Lunatic asylums Central Provinces reports 1886-1894 - 1886-1894
Year: 1886
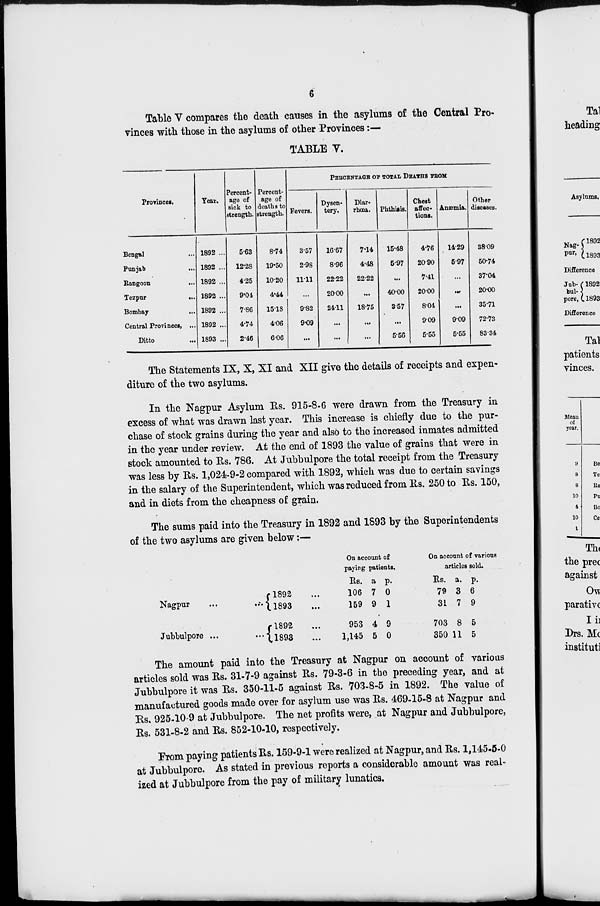
6
Table V compares the death causes in the asylums of the Central Pro-
vinces with those in the asylums of other Provinces:—
TABLE V.
Provinces.
Bengal...
Punjab...
Rangoon
...
Tezpur
...
Bombay...
Central Provinces, ...
Ditto...
Year.
1892 ...
1892 ...
1892 ...
1892 ...
1892 ...
1892 ...
1893 ...
Percent-
age of
sick to
strength.
5.63
12.28
4.25
9.04
7.86
4.74
2.46
Percent-
age of
deaths to
strength.
8.74
19.50
10.20
4.44
15.18
4.06
6.06
PERCENTAGE OF TOTAL DEATHS TOOK
Fevers.
3.57
2.98
11.11
...
9.82
9.09
...
Dysen-
tery.
16.67
8.96
22.22
20.00
24.11
...
...
Diar¬
rhœa.
7.14
4.48
22.22
...
18.75
...
...
Phthisis.
15.48
5.97
...
40.00
3.57
...
5.56
Chest
affec¬
tions.
4.76
20.90
7.41
20.00
8.04
9.09
5.55
Anæmia.
14.29
5.97
...
...
...
9.09
5.55
Other
diseases.
38.09
50.74
37.04
20.00
35.71
72.73
83.34
The Statements IX, X, XI and XII give the details of receipts and expen-
diture of the two asylums.
In the Nagpur Asylum Rs. 915-8-6 were drawn from the Treasury in
excess of what was drawn last year. This increase is chiefly due to the pur-
chase of stock grains during the year and also to the increased inmates admitted
in the year under review. At the end of 1893 the value of grains that were in
stock amounted to Rs. 786. At Jubbulpore the total receipt from the Treasury
was less by Rs. 1,024-9-2 compared with 1892, which was due to certain savings
in the salary of the Superintendent, which was reduced from Rs. 250 to Rs. 150,
and in diets from the cheapness of grain.
The sums paid into the Treasury in 1892 and 1893 by the Superintendents
of the two asylums are given below:—
Nagpur
...
...
Jubbulpore ... ...
1892...
1893...
l892...
1893...
On account of
paying patients.
Rs.
106
159
953
1,145
a
7
9
4
5
p.
0
1
9
0
On account of various
articles sold.
Rs.
79
31
703
350
a.
3
7
8
11
p.
6
9
5
5
The amount paid into the Treasury at Nagpur on account of various
articles sold was Rs. 31-7-9 against Rs. 79-3-6 in the preceding year, and at
Jubbulpore it was Rs. 350-11-5 against Rs. 703-8-5 in 1892. The value of
manufactured goods made over for asylum use was Rs. 469-15-8 at Nagpur and
Rs. 925-10-9 at Jubbulpore. The net profits were, at Nagpur and Jubbulpore,
Rs. 531-8-2 and Rs. 852-10-10, respectively.
From paying patients Rs. 159-9-1 were realized at Nagpur, and Rs. 1,145-5-0
at Jubbulpore. As stated in previous reports a considerable amount was real-
ized at Jubbulpore from the pay of military lunatics.